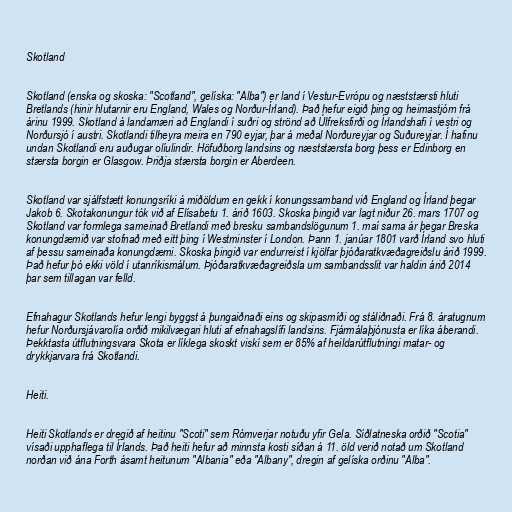
Skotland

Skotland (enska og skoska: "Scotland", gelíska: "Alba") er land í Vestur-Evrópu og næststærsti hluti
Bretlands (hinir hlutarnir eru England, Wales og Norður-Írland). Það hefur eigið þing og heimastjórn frá
árinu 1999. Skotland á landamæri að Englandi í suðri og strönd að Úlfreksfirði og Írlandshafi í vestri og
Norðursjó í austri. Skotlandi tilheyra meira en 790 eyjar, þar á meðal Norðureyjar og Suðureyjar. Í hafinu
undan Skotlandi eru auðugar olíulindir. Höfuðborg landsins og næststærsta borg þess er Edinborg en
stærsta borgin er Glasgow. Þriðja stærsta borgin er Aberdeen.

Skotland var sjálfstætt konungsríki á miðöldum en gekk í konungssamband við England og Írland þegar
Jakob 6. Skotakonungur tók við af Elísabetu 1. árið 1603. Skoska þingið var lagt niður 26. mars 1707 og
Skotland var formlega sameinað Bretlandi með bresku sambandslögunum 1. maí sama ár þegar Breska
konungdæmið var stofnað með eitt þing í Westminster í London. Þann 1. janúar 1801 varð Írland svo hluti
af þessu sameinaða konungdæmi. Skoska þingið var endurreist í kjölfar þjóðaratkvæðagreiðslu árið 1999.
Það hefur þó ekki völd í utanríkismálum. Þjóðaratkvæðagreiðsla um sambandsslit var haldin árið 2014
þar sem tillagan var felld.

Efnahagur Skotlands hefur lengi byggst á þungaiðnaði eins og skipasmíði og stáliðnaði. Frá 8. áratugnum
hefur Norðursjávarolía orðið mikilvægari hluti af efnahagslífi landsins. Fjármálaþjónusta er líka áberandi.
Þekktasta útflutningsvara Skota er líklega skoskt viskí sem er 85% af heildarútflutningi matar- og
drykkjarvara frá Skotlandi.

Heiti.

Heiti Skotlands er dregið af heitinu "Scoti" sem Rómverjar notuðu yfir Gela. Síðlatneska orðið "Scotia"
vísaði upphaflega til Írlands. Það heiti hefur að minnsta kosti síðan á 11. öld verið notað um Skotland
norðan við ána Forth ásamt heitunum "Albania" eða "Albany", dregin af gelíska orðinu "Alba".